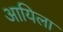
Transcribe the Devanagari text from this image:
आयिला